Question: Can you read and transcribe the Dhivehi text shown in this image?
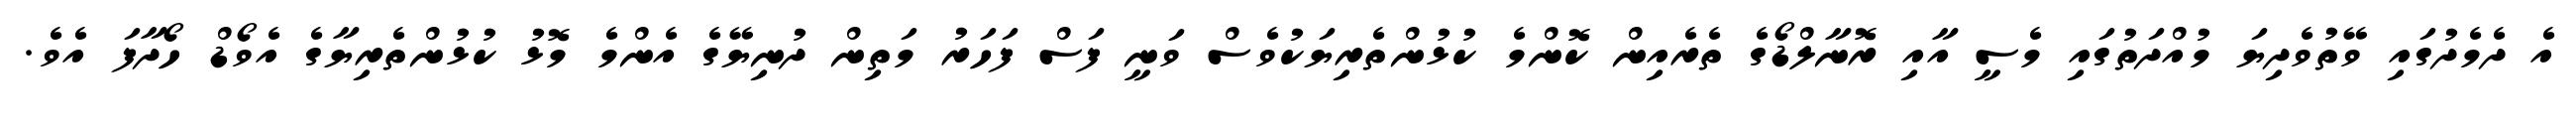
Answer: އެ ދެމެދުގައި ވޭތުވެދިޔަ މުއްދަތުގައި މެސީ އާއި ރޮނާލްޑޯގެ ތެރެއިން ކޮންމެ ކުޅުންތެރިޔަކުވެސް ވަނީ ފަސް ފަހަރު މަތިން ދުނިޔޭގެ އެންމެ މޮޅު ކުޅުންތެރިޔާގެ އެވޯޑް ހޯދާފަ އެވެ.